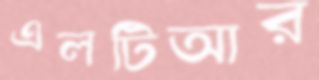
এলটিআর